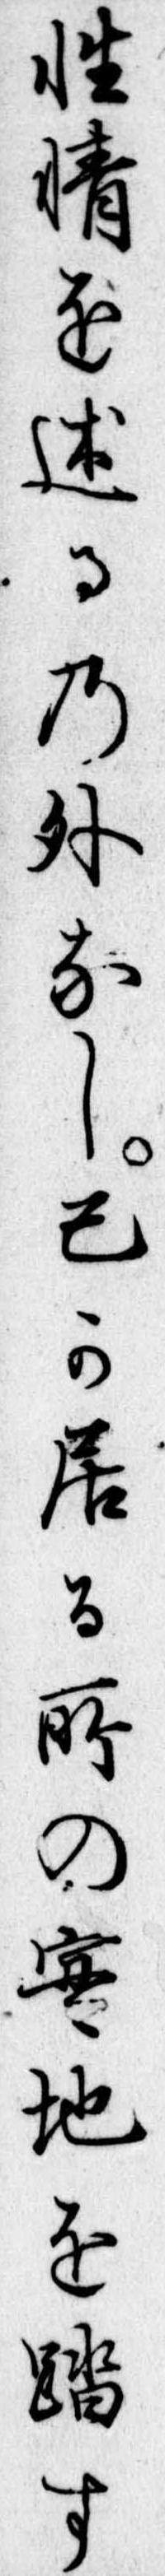
性情を述るの外なし己か居る所の実地を踏す